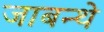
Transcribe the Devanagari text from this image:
जाबन्थे